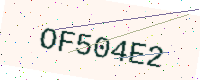
Text: OF504E2